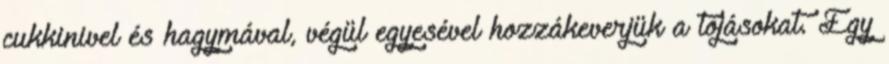
cukkinivel és hagymával, végül egyesével hozzákeverjük a tojásokat. Egy